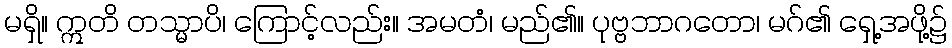
မရှိ။ ဣတိ တသ္မာပိ၊ ကြောင့်လည်း။ အမတံ၊ မည်၏။ ပုဗ္ဗဘာဂတော၊ မဂ်၏ ရှေ့အဖို့၌